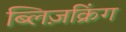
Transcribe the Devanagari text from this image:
ब्लिज़क्रिंग